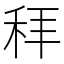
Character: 𬓥